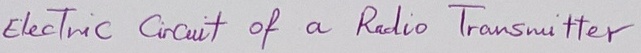
Text: Electric Circuit of a Radio Transmitter